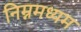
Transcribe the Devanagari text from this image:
निम्नमध्यम